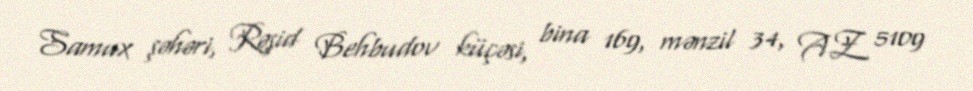
Samux şəhəri, Rəşid Behbudov küçəsi, bina 169, mənzil 34, AZ 5109